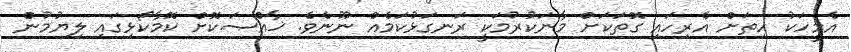
އެމީހަކު ހިތަށް އެރިހައި ގޮތަކަށް މާނަކުރުމަކީ ރަނގަޅުކަމެއް ނޫނެވެ. ޚާއްޞަކޮށް ކޮމާކޯޅިގައި ލިޔުމުން